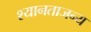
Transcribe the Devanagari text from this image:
श्यानताजन्य